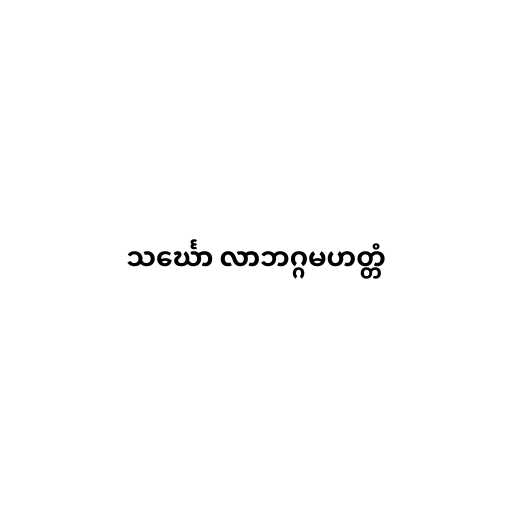
သင်္ဃော လာဘဂ္ဂမဟတ္တံ